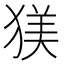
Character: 𪻄